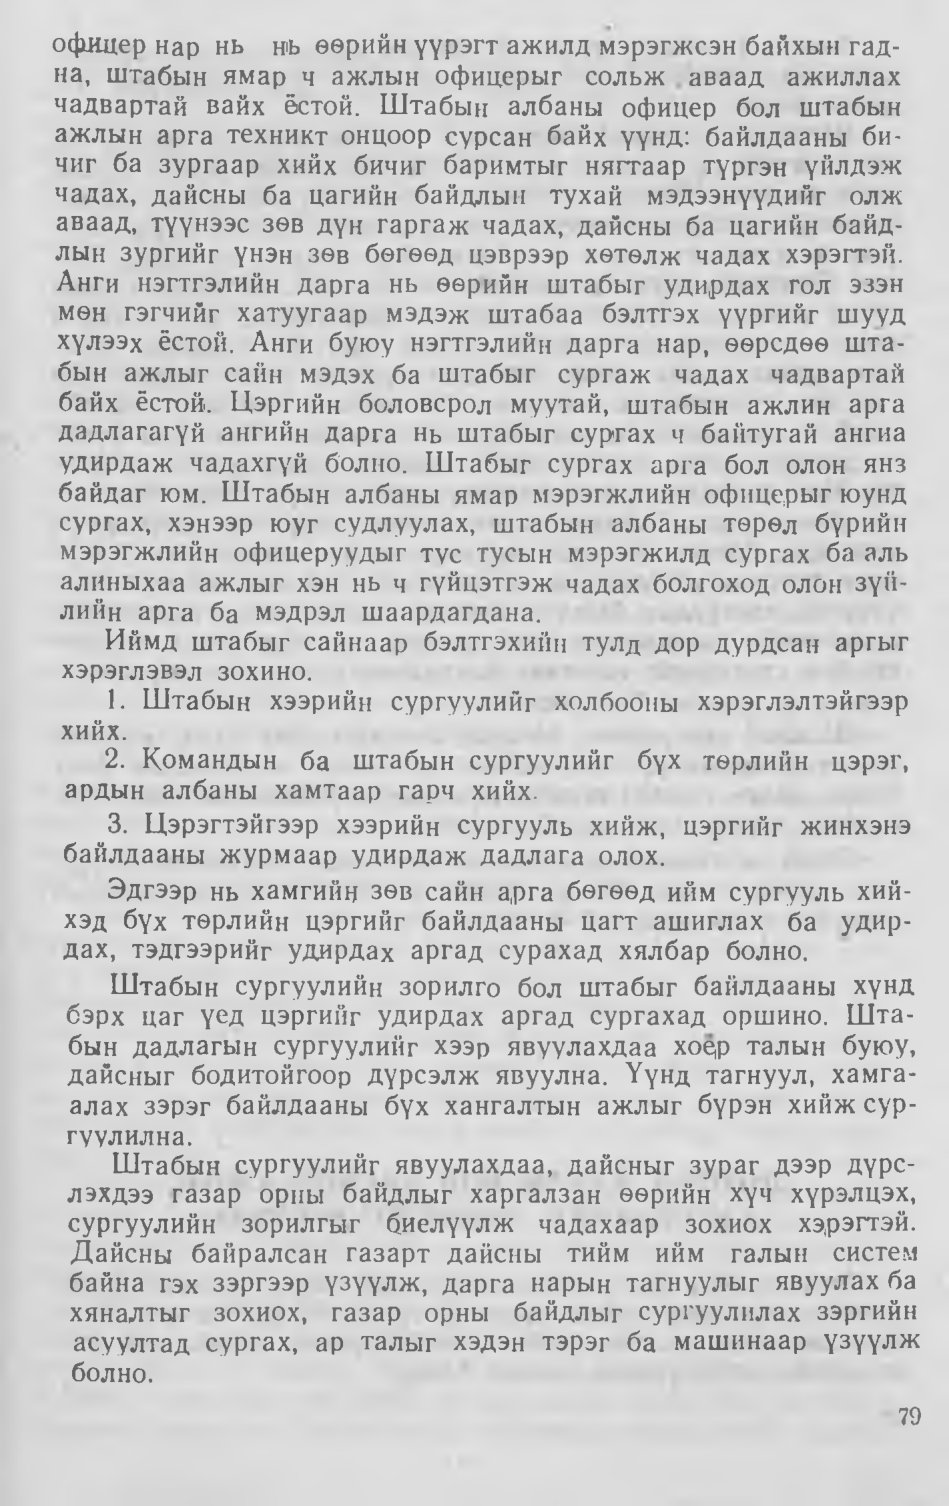
Language: mn